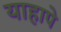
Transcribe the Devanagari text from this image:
याहापे